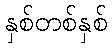
နှစ်တစ်နှစ်